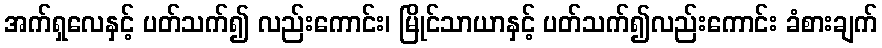
အက်ရှလေနှင့် ပတ်သက်၍ လည်းကောင်း၊ မြိုင်သာယာနှင့် ပတ်သက်၍လည်းကောင်း ခံစားချက်